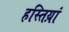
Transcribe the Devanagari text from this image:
हस्तिय़ां